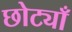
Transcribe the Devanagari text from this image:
छोट्याँ